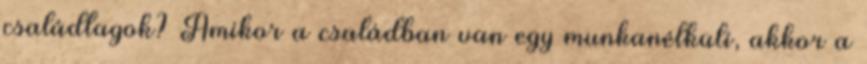
családtagok? Amikor a családban van egy munkanélküli, akkor a